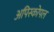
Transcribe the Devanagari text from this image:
अपिस्कोपल